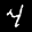
Label: 4